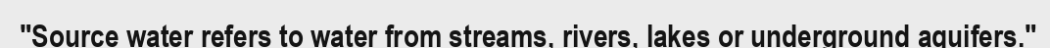
"Source water refers to water from streams, rivers, lakes or underground aquifers."